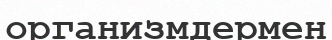
организмдермен